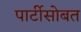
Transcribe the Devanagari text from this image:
पार्टीसोबत